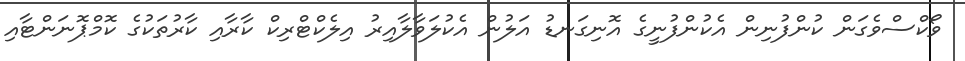
ވޯކްސްވެގަން ކުންފުނިން އެކުންފުނީގެ އޮނިގަނޑު އަލުން އެކުލަވާލާއިރު އިލެކްޓްރިކް ކާރާއި ކާރުތަކުގެ ކޮމްޕޮނަންޓާއި